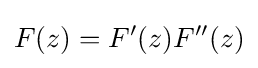
F(z)=F'(z)F''(z)